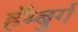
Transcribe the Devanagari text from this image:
हॅम्बुर्ग